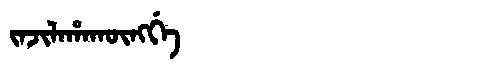
Manchu: ᠵᠠᠵᡳᠯᠠᡥᠠᡴᡡᠩᡤᡝ
Romanization: JAJILAHAKŪNGGE